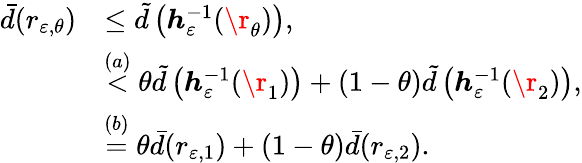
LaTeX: \begin{array}{rl}{\bar{d}(r_{\varepsilon,\theta})}&{\leq\tilde{d}\left(\boldsymbol{h}_{\varepsilon}^{-1}(\r_{\theta})\right),}\\ &{\stackrel{(a)}{<}\theta\tilde{d}\left(\boldsymbol{h}_{\varepsilon}^{-1}(\r_{1})\right)+(1-\theta)\tilde{d}\left(\boldsymbol{h}_{\varepsilon}^{-1}(\r_{2})\right),}\\ &{\stackrel{(b)}{=}\theta\bar{d}(r_{\varepsilon,1})+(1-\theta)\bar{d}(r_{\varepsilon,2}).}\end{array}